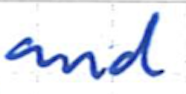
Text: and
Cross-out: clean
Writing tool: ballpoint